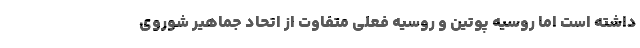
داشته است اما روسیه پوتین و روسیه فعلی متفاوت از اتحاد جماهیر شوروی